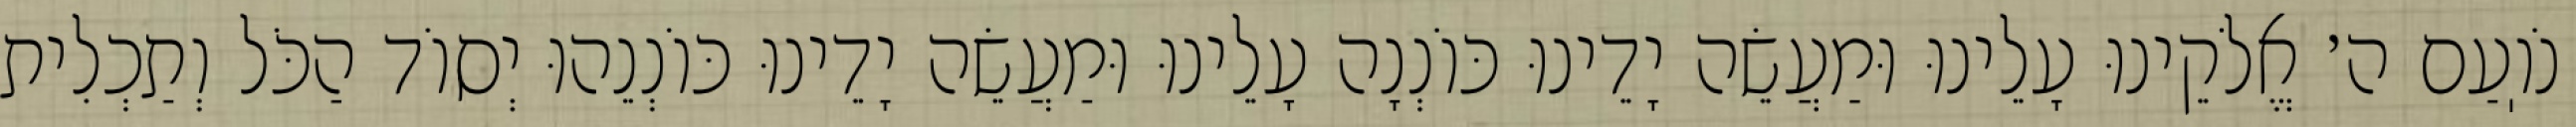
נֹוֽעַם ה׳ אֱלֹקֵינוּ עָלֵינוּ וּמַעֲשֵׂה יָדֵינוּ כּוֹנְנָה עָלֵינוּ וּמַעֲשֵׂה יָדֵינוּ כּוֹנְנֵהוּ יְסוֹד הַכֹּל וְתַכְלִית